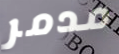
مدمر